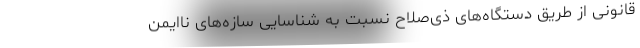
قانونی از طریق دستگاه‌های ذی‌صلاح نسبت به شناسایی سازه‌های ناایمن